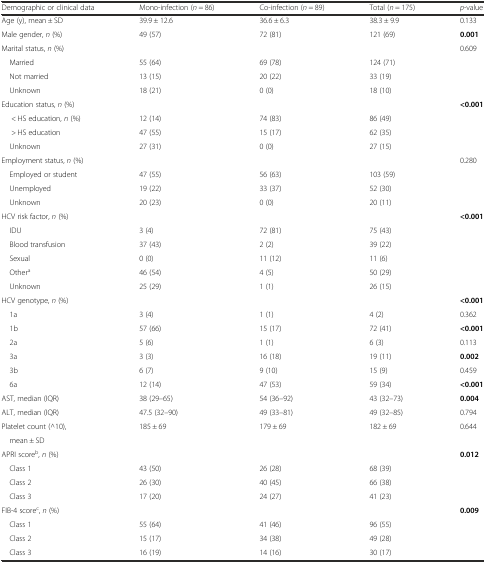
<table><thead><tr><td><b>Demographic or clinical data</b></td><td><b>Mono-infection (<i>n</i> = 86)</b></td><td><b>Co-infection (<i>n</i> = 89)</b></td><td><b>Total (<i>n</i> = 175)</b></td><td><b><i>p</i>-value</b></td></tr></thead><tbody><tr><td>Age (y), mean ± SD</td><td>39.9 ± 12.6</td><td>36.6 ± 6.3</td><td>38.3 ± 9.9</td><td>0.133</td></tr><tr><td>Male gender, <i>n</i> (%)</td><td>49 (57)</td><td>72 (81)</td><td>121 (69)</td><td><b>0.001</b></td></tr><tr><td>Marital status, <i>n</i> (%)</td><td></td><td></td><td></td><td>0.609</td></tr><tr><td> Married</td><td>55 (64)</td><td>69 (78)</td><td>124 (71)</td><td></td></tr><tr><td> Not married</td><td>13 (15)</td><td>20 (22)</td><td>33 (19)</td><td></td></tr><tr><td> Unknown</td><td>18 (21)</td><td>0 (0)</td><td>18 (10)</td><td></td></tr><tr><td>Education status, <i>n</i> (%)</td><td></td><td></td><td></td><td><b>&lt;0.001</b></td></tr><tr><td>&lt; HS education, <i>n</i> (%)</td><td>12 (14)</td><td>74 (83)</td><td>86 (49)</td><td></td></tr><tr><td>&gt; HS education</td><td>47 (55)</td><td>15 (17)</td><td>62 (35)</td><td></td></tr><tr><td> Unknown</td><td>27 (31)</td><td>0 (0)</td><td>27 (15)</td><td></td></tr><tr><td>Employment status, <i>n</i> (%)</td><td></td><td></td><td></td><td>0.280</td></tr><tr><td> Employed or student</td><td>47 (55)</td><td>56 (63)</td><td>103 (59)</td><td></td></tr><tr><td> Unemployed</td><td>19 (22)</td><td>33 (37)</td><td>52 (30)</td><td></td></tr><tr><td> Unknown</td><td>20 (23)</td><td>0 (0)</td><td>20 (11)</td><td></td></tr><tr><td>HCV risk factor, <i>n</i> (%)</td><td></td><td></td><td></td><td><b>&lt;0.001</b></td></tr><tr><td> IDU</td><td>3 (4)</td><td>72 (81)</td><td>75 (43)</td><td></td></tr><tr><td> Blood transfusion</td><td>37 (43)</td><td>2 (2)</td><td>39 (22)</td><td></td></tr><tr><td> Sexual</td><td>0 (0)</td><td>11 (12)</td><td>11 (6)</td><td></td></tr><tr><td> Other<sup>a</sup></td><td>46 (54)</td><td>4 (5)</td><td>50 (29)</td><td></td></tr><tr><td> Unknown</td><td>25 (29)</td><td>1 (1)</td><td>26 (15)</td><td></td></tr><tr><td>HCV genotype, <i>n</i> (%)</td><td></td><td></td><td></td><td><b>&lt;0.001</b></td></tr><tr><td> 1a</td><td>3 (4)</td><td>1 (1)</td><td>4 (2)</td><td>0.362</td></tr><tr><td> 1b</td><td>57 (66)</td><td>15 (17)</td><td>72 (41)</td><td><b>&lt;0.001</b></td></tr><tr><td> 2a</td><td>5 (6)</td><td>1 (1)</td><td>6 (3)</td><td>0.113</td></tr><tr><td> 3a</td><td>3 (3)</td><td>16 (18)</td><td>19 (11)</td><td><b>0.002</b></td></tr><tr><td> 3b</td><td>6 (7)</td><td>9 (10)</td><td>15 (9)</td><td>0.459</td></tr><tr><td> 6a</td><td>12 (14)</td><td>47 (53)</td><td>59 (34)</td><td><b>&lt;0.001</b></td></tr><tr><td>AST, median (IQR)</td><td>38 (29–65)</td><td>54 (36–92)</td><td>43 (32–73)</td><td><b>0.004</b></td></tr><tr><td>ALT, median (IQR)</td><td>47.5 (32–90)</td><td>49 (33–81)</td><td>49 (32–85)</td><td>0.794</td></tr><tr><td>Platelet count (^10),</td><td rowspan="2">185 ± 69</td><td rowspan="2">179 ± 69</td><td rowspan="2">182 ± 69</td><td rowspan="2">0.644</td></tr><tr><td> mean ± SD</td></tr><tr><td>APRI score<sup>b</sup>, <i>n</i> (%)</td><td></td><td></td><td></td><td><b>0.012</b></td></tr><tr><td> Class 1</td><td>43 (50)</td><td>26 (28)</td><td>68 (39)</td><td></td></tr><tr><td> Class 2</td><td>26 (30)</td><td>40 (45)</td><td>66 (38)</td><td></td></tr><tr><td> Class 3</td><td>17 (20)</td><td>24 (27)</td><td>41 (23)</td><td></td></tr><tr><td>FIB-4 score<sup>c</sup>, <i>n</i> (%)</td><td></td><td></td><td></td><td><b>0.009</b></td></tr><tr><td> Class 1</td><td>55 (64)</td><td>41 (46)</td><td>96 (55)</td><td></td></tr><tr><td> Class 2</td><td>15 (17)</td><td>34 (38)</td><td>49 (28)</td><td></td></tr><tr><td> Class 3</td><td>16 (19)</td><td>14 (16)</td><td>30 (17)</td><td></td></tr></tbody></table>